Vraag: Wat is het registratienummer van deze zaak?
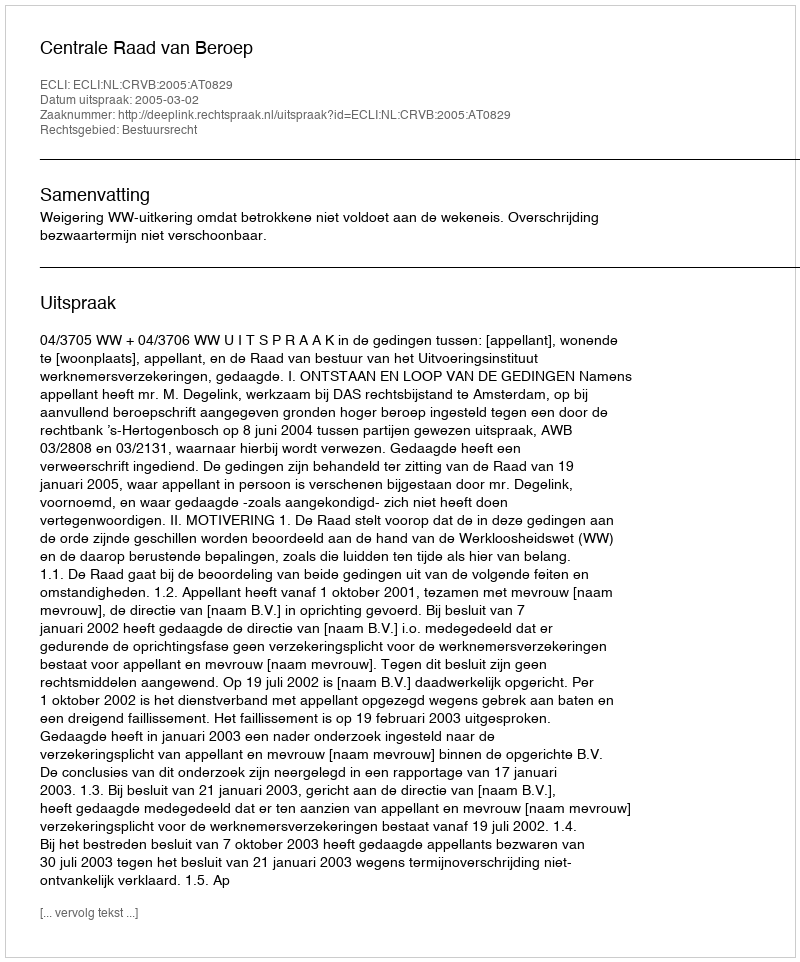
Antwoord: http://deeplink.rechtspraak.nl/uitspraak?id=ECLI:NL:CRVB:2005:AT0829